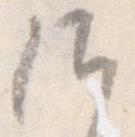
候